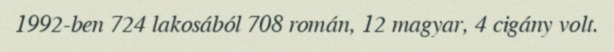
1992-ben 724 lakosából 708 román, 12 magyar, 4 cigány volt.